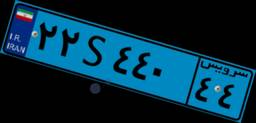
۲۲S۴۴۰۴۴